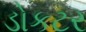
ડોકટર